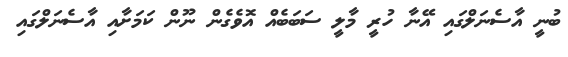
ބުނީ އާސެނަލްގައި އޭނާ ހުރީ މާލީ ސަބަބެއް އޮވެގެން ނޫން ކަމަށާއި އާސެނަލްގައި